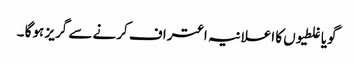
گویا غلطیوں کا اعلانیہ اعتراف کرنے سے گریز ہوگا ۔